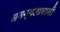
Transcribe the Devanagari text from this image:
अनन्यतामानी